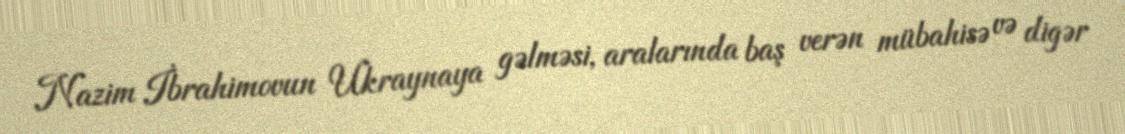
Nazim İbrahimovun Ukraynaya gəlməsi, aralarında baş verən mübahisə və digər